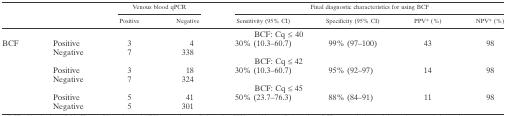
<table><thead><tr><td rowspan="2" colspan="2"></td><td colspan="2"><b>Venous blood qPCR</b></td><td colspan="4"><b>Final diagnostic characteristics for using BCF</b></td></tr><tr><td><b>Positive</b></td><td><b>Negative</b></td><td><b>Sensitivity (95% CI)</b></td><td><b>Specificity (95% CI)</b></td><td><b>PPV* (%)</b></td><td><b>NPV* (%)</b></td></tr></thead><tbody><tr><td></td><td colspan="7">BCF: Cq ≤ 40</td></tr><tr><td rowspan="8">BCF</td><td>Positive</td><td>3</td><td>4</td><td rowspan="2">30% (10.3–60.7)</td><td rowspan="2">99% (97–100)</td><td rowspan="2">43</td><td rowspan="2">98</td></tr><tr><td>Negative</td><td>7</td><td>338</td></tr><tr><td colspan="7">BCF: Cq ≤ 42</td></tr><tr><td>Positive</td><td>3</td><td>18</td><td rowspan="2">30% (10.3–60.7)</td><td rowspan="2">95% (92–97)</td><td rowspan="2">14</td><td rowspan="2">98</td></tr><tr><td>Negative</td><td>7</td><td>324</td></tr><tr><td colspan="7">BCF: Cq ≤ 45</td></tr><tr><td>Positive</td><td>5</td><td>41</td><td rowspan="2">50% (23.7–76.3)</td><td rowspan="2">88% (84–91)</td><td rowspan="2">11</td><td rowspan="2">98</td></tr><tr><td>Negative</td><td>5</td><td>301</td></tr></tbody></table>